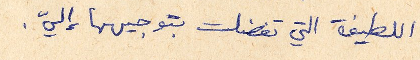
اللطيفة التي تفضلت بتوجيهها إليّ.